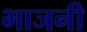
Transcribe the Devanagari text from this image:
भाजनी